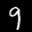
Label: 9